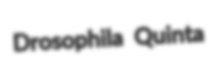
Drosophila Quinta